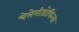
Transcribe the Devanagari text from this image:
चेलेमीडोफिला